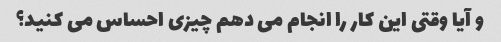
و آیا وقتی این کار را انجام می دهم چیزی احساس می کنید؟